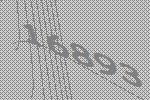
16893